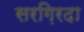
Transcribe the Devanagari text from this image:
सरग़िरदा